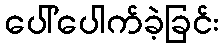
ပေါ်ပေါက်ခဲ့ခြင်း